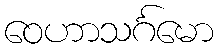
ဝေဟာသင်္ဂမော